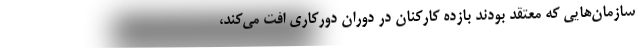
سازمان‌هایی که معتقد بودند بازده کارکنان در دوران دورکاری افت می‌کند،